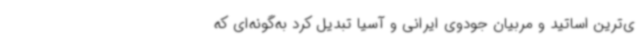
ی‌ترین اساتید و مربیان جودوی ایرانی و آسیا تبدیل کرد به‌گونه‌ای که